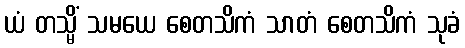
ယံ တသ္မိံ သမယေ စေတသိကံ သာတံ စေတသိကံ သုခံ